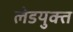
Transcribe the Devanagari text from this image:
लेडयुक्त